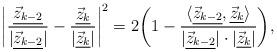
LaTeX: \begin{align*} \bigg|\frac{\underline{\vec z_{k-2}}}{|\underline{\vec z_{k-2}}|}-\frac{\underline{\vec z_{k}}}{|\underline{\vec z_{k}}|}\bigg|^2= 2\bigg(1-\frac{\langle\underline{\vec z_{k-2}},\underline{\vec z_{k}}\rangle}{|\underline{\vec z_{k-2}}|\cdot|\underline{\vec z_{k}}|}\bigg), \end{align*}